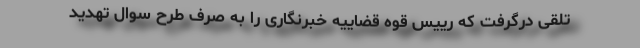
تلقی درگرفت که رییس قوه قضاییه خبرنگاری را به صرف طرح سوال تهدید